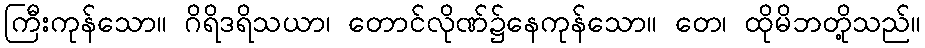
ကြီးကုန်သော။ ဂိရိဒရိသယာ၊ တောင်လိုဏ်၌နေကုန်သော။ တေ၊ ထိုမိဘတို့သည်။